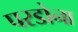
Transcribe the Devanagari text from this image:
परडोना